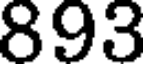
893